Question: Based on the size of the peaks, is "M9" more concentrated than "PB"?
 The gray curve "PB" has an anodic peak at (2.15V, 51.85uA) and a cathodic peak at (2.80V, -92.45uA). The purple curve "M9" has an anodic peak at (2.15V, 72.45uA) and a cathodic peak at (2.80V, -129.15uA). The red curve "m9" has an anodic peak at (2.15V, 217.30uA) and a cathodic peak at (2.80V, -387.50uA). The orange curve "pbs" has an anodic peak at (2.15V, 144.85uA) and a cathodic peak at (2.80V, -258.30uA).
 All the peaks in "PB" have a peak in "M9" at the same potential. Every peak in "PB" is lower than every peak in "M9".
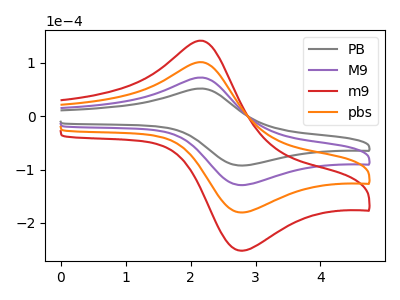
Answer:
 <answer>"PB" has less signal than "M9" and so likely has a lower concentration.</answer>
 <eval>less_concentration</eval>